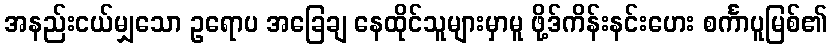
အနည်းငယ်မျှသော ဥရောပ အခြေချ နေထိုင်သူများမှာမူ ဖို့ဒ်ကိန်းနင်းဟေး စင်္ကာပူမြစ်၏